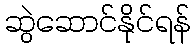
ဆွဲဆောင်နိုင်ရန်